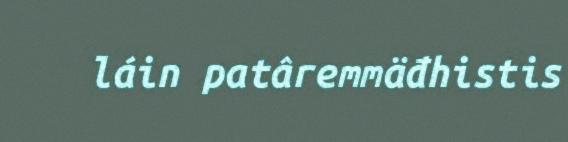
láin patâremmäđhistis